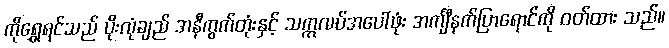
ကိုရွှေရင်သည် ပိုးလုံချည် အနီကွက်တုံးနှင့် သက္ကလပ်အပေါ်ဖုံး အင်္ကျီနက်ပြာရောင်ကို ဝတ်ထား သည်။